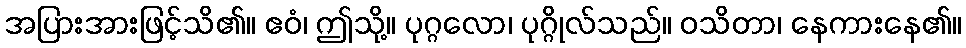
အပြားအားဖြင့်သိ၏။ ဧဝံ၊ ဤသို့။ ပုဂ္ဂလော၊ ပုဂ္ဂိုလ်သည်။ ဝသိတာ၊ နေကားနေ၏။